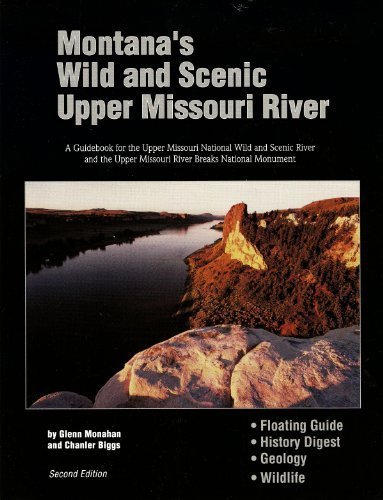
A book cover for Montanas Wild & Scenic Upper Missouri River; Glenn Monahan; Travel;